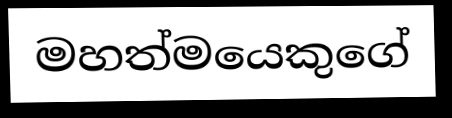
මහත්මයෙකුගේ